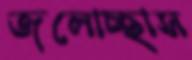
জলোচ্ছাস